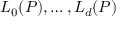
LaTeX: L _ { 0 } ( P ) , \dots , L _ { d } ( P )